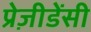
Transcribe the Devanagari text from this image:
प्रेज़ीडेंसी